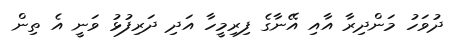
ދުވަހު މަންދިރާ އާއި އޭނާގެ ފިރިމީހާ އަދި ދަރިފުޅު ވަނީ އެ ތިން